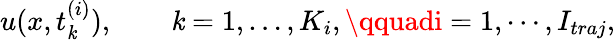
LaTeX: u(x,t_{\mathit{k}}^{(i)}),\qquad\mathit{k}=1,\dots,K_{i},\qquadi=1,\cdots,I_{traj},